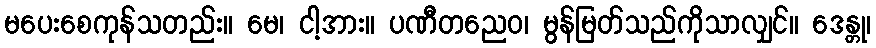
မပေးစေကုန်သတည်း။ မေ၊ ငါ့အား။ ပဏီတညေဝ၊ မွန်မြတ်သည်ကိုသာလျှင်။ ဒေန္တု၊